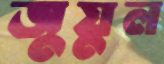
জুয়ুল